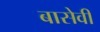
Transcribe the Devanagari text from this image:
बासेवी